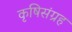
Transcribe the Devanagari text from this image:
कृषिसंग्रह